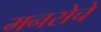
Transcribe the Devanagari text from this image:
मनरोचे